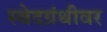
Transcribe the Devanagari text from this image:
स्वेदग्रंथीवर